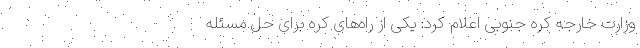
وزارت خارجه کره جنوبی اعلام کرد: یکی از راه‌های کره برای حل مسئله